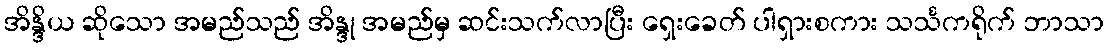
အိန္ဒိယ ဆိုသော အမည်သည် အိန္ဒု အမည်မှ ဆင်းသက်လာပြီး ရှေးခေတ် ပါရှားစကား သင်္သကရိုက် ဘာသာ